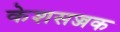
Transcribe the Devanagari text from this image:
केशसज्जक